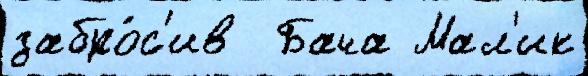
забро́с'ив  Бача Мал'ик